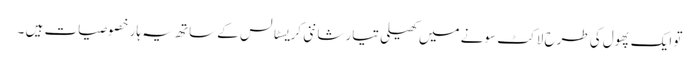
تو ایک پھول کی طرح لاکٹ سونے میں کھیلی تیار شاننی کریسٹالس کے ساتھ یہ ہار خصوصیات ہیں ۔